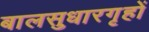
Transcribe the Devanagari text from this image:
बालसुधारगृहों